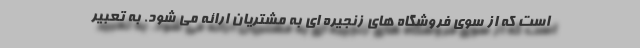
است که از سوی فروشگاه های زنجیره ای به مشتریان ارائه می شود. به تعبیر